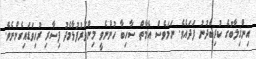
އިންޤިލާބުގެ ކުރިބެދުނު ފަދައެވެ. ނަމަވެސް އެމާތް ސާހިބާ ހުންނެވީ މިންވަރުފުޅާމެދު ފިސާރި ރުހިވަޑައިގެންނެވެ.